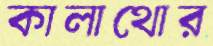
কালাথোর